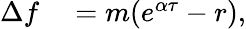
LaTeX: \begin{array}{rl}{\Delta f}&{{}=m(e^{\alpha\tau}-r),}\end{array}